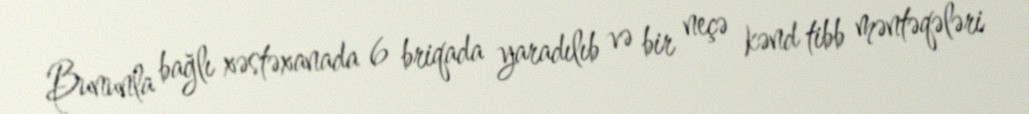
Bununla bağlı xəstəxanada 6 briqada yaradılıb və bir neçə kənd tibb məntəqələri